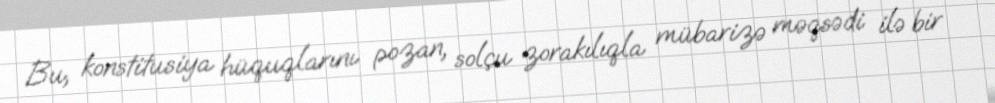
Bu, konstitusiya hüquqlarını pozan, solçu zorakılıqla mübarizə məqsədi ilə bir